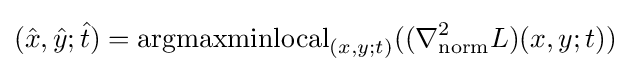
({\hat {x}},{\hat {y}};{\hat {t}})=\operatorname {argmaxminlocal} _{(x,y;t)}((\nabla _{\mathrm {norm} }^{2}L)(x,y;t))